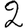
Digit: 2